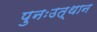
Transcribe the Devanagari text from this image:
पुनःउत्थान